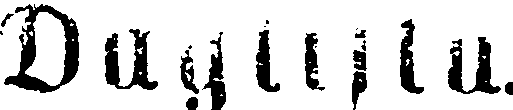
Daglista.